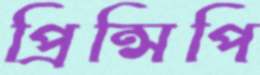
প্রিন্সিপি